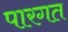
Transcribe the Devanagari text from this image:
पारगत